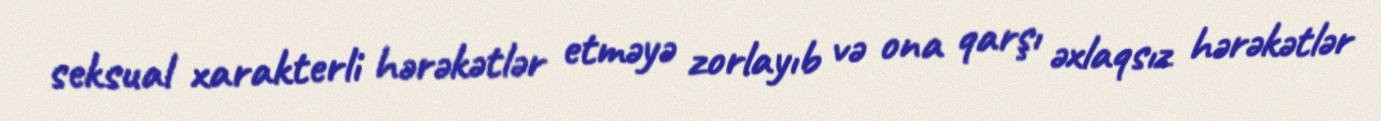
seksual xarakterli hərəkətlər etməyə zorlayıb və ona qarşı əxlaqsız hərəkətlər